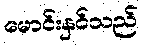
မောင်းနှင်သည်